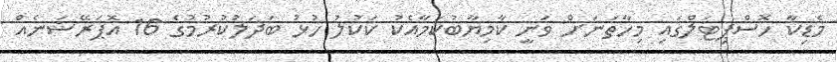
މެޑިކާ ހޮސްޕިޓަލްގައި މިހާތަނަށް ވަނީ ކާމިޔާބުކަމާއެކު ކަކުލު ހުޅު ބަދަލުކުރުމުގެ 16 އޮޕަރޭޝަނެއް